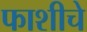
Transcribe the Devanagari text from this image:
फाशीचे